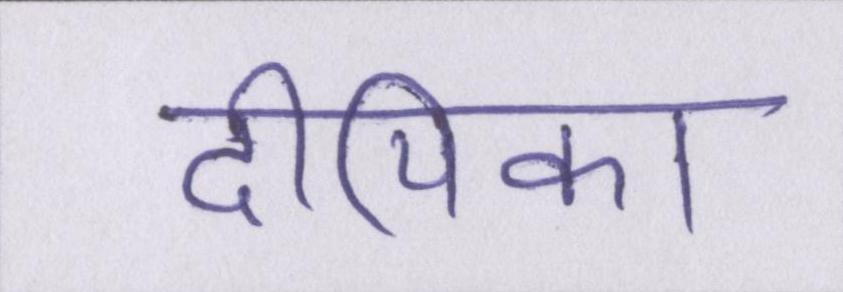
दीपिका